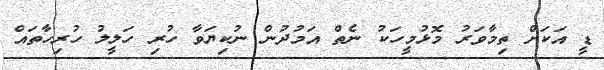
ޑީ އަކަށް ތިމާވަރު މޮޅުމީހަކު ނެތް އަމުދުން ނުކިޔަވާ ހުރި ހަލީލު ހުރިހާތައް